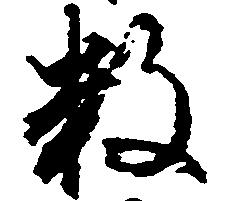
数